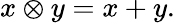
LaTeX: x\otimes y=x+y.